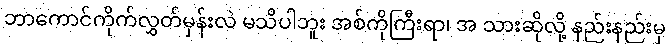
ဘာကောင်ကိုက်လွှတ်မှန်းလဲ မသိပါဘူး အစ်ကိုကြီးရာ၊ အ သားဆိုလို့ နည်းနည်းမှ